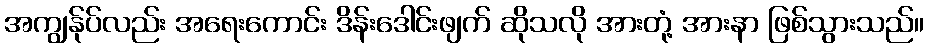
အကျွန်ုပ်လည်း အရေးကောင်း ဒိန်းဒေါင်းဖျက် ဆိုသလို အားတုံ့ အားနာ ဖြစ်သွားသည်။